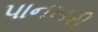
પાનખરી